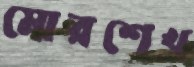
মোরশেখ